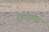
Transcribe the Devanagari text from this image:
र्‍हाइम्स